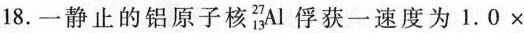
18.一静止的铝原子核_{13}^{27}Al俘获一速度为$$1 . 0 \times